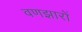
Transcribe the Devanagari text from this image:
वणझारों